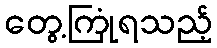
တွေ့ကြုံရသည့်